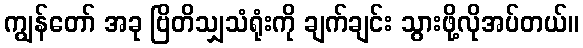
ကျွန်တော် အခု ဗြိတိသျှသံရုံးကို ချက်ချင်း သွားဖို့လိုအပ်တယ်။